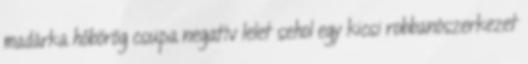
madárka hőbörög csupa negatív lelet sehol egy kicsi robbanószerkezet